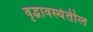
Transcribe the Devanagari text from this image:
वृद्धावस्थेतील